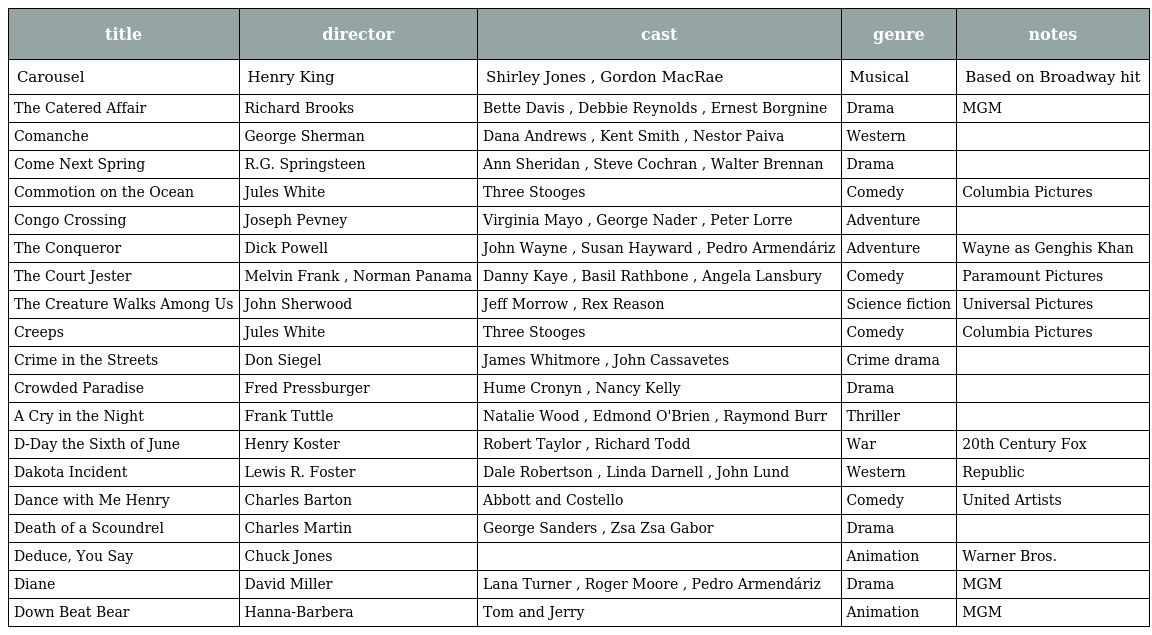
| title | director | cast | genre | notes |
 | --- | --- | --- | --- | --- |
 | Carousel | Henry King | Shirley Jones , Gordon MacRae | Musical | Based on Broadway hit |
 | The Catered Affair | Richard Brooks | Bette Davis , Debbie Reynolds , Ernest Borgnine | Drama | MGM |
 | Comanche | George Sherman | Dana Andrews , Kent Smith , Nestor Paiva | Western |  |
 | Come Next Spring | R.G. Springsteen | Ann Sheridan , Steve Cochran , Walter Brennan | Drama |  |
 | Commotion on the Ocean | Jules White | Three Stooges | Comedy | Columbia Pictures |
 | Congo Crossing | Joseph Pevney | Virginia Mayo , George Nader , Peter Lorre | Adventure |  |
 | The Conqueror | Dick Powell | John Wayne , Susan Hayward , Pedro Armendáriz | Adventure | Wayne as Genghis Khan |
 | The Court Jester | Melvin Frank , Norman Panama | Danny Kaye , Basil Rathbone , Angela Lansbury | Comedy | Paramount Pictures |
 | The Creature Walks Among Us | John Sherwood | Jeff Morrow , Rex Reason | Science fiction | Universal Pictures |
 | Creeps | Jules White | Three Stooges | Comedy | Columbia Pictures |
 | Crime in the Streets | Don Siegel | James Whitmore , John Cassavetes | Crime drama |  |
 | Crowded Paradise | Fred Pressburger | Hume Cronyn , Nancy Kelly | Drama |  |
 | A Cry in the Night | Frank Tuttle | Natalie Wood , Edmond O'Brien , Raymond Burr | Thriller |  |
 | D-Day the Sixth of June | Henry Koster | Robert Taylor , Richard Todd | War | 20th Century Fox |
 | Dakota Incident | Lewis R. Foster | Dale Robertson , Linda Darnell , John Lund | Western | Republic |
 | Dance with Me Henry | Charles Barton | Abbott and Costello | Comedy | United Artists |
 | Death of a Scoundrel | Charles Martin | George Sanders , Zsa Zsa Gabor | Drama |  |
 | Deduce, You Say | Chuck Jones |  | Animation | Warner Bros. |
 | Diane | David Miller | Lana Turner , Roger Moore , Pedro Armendáriz | Drama | MGM |
 | Down Beat Bear | Hanna-Barbera | Tom and Jerry | Animation | MGM |